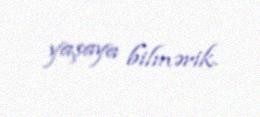
yaşaya bilmərik.